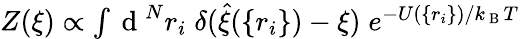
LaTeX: \begin{array}{r}{Z(\xi)\propto\int\mathrm{~d~}^{N}r_{i}\; \delta(\hat{\xi}(\{ r_{i}\} )-\xi)\; e^{-U(\{ r_{i}\} )/k_{\mathrm{~B~}}T}}\end{array}